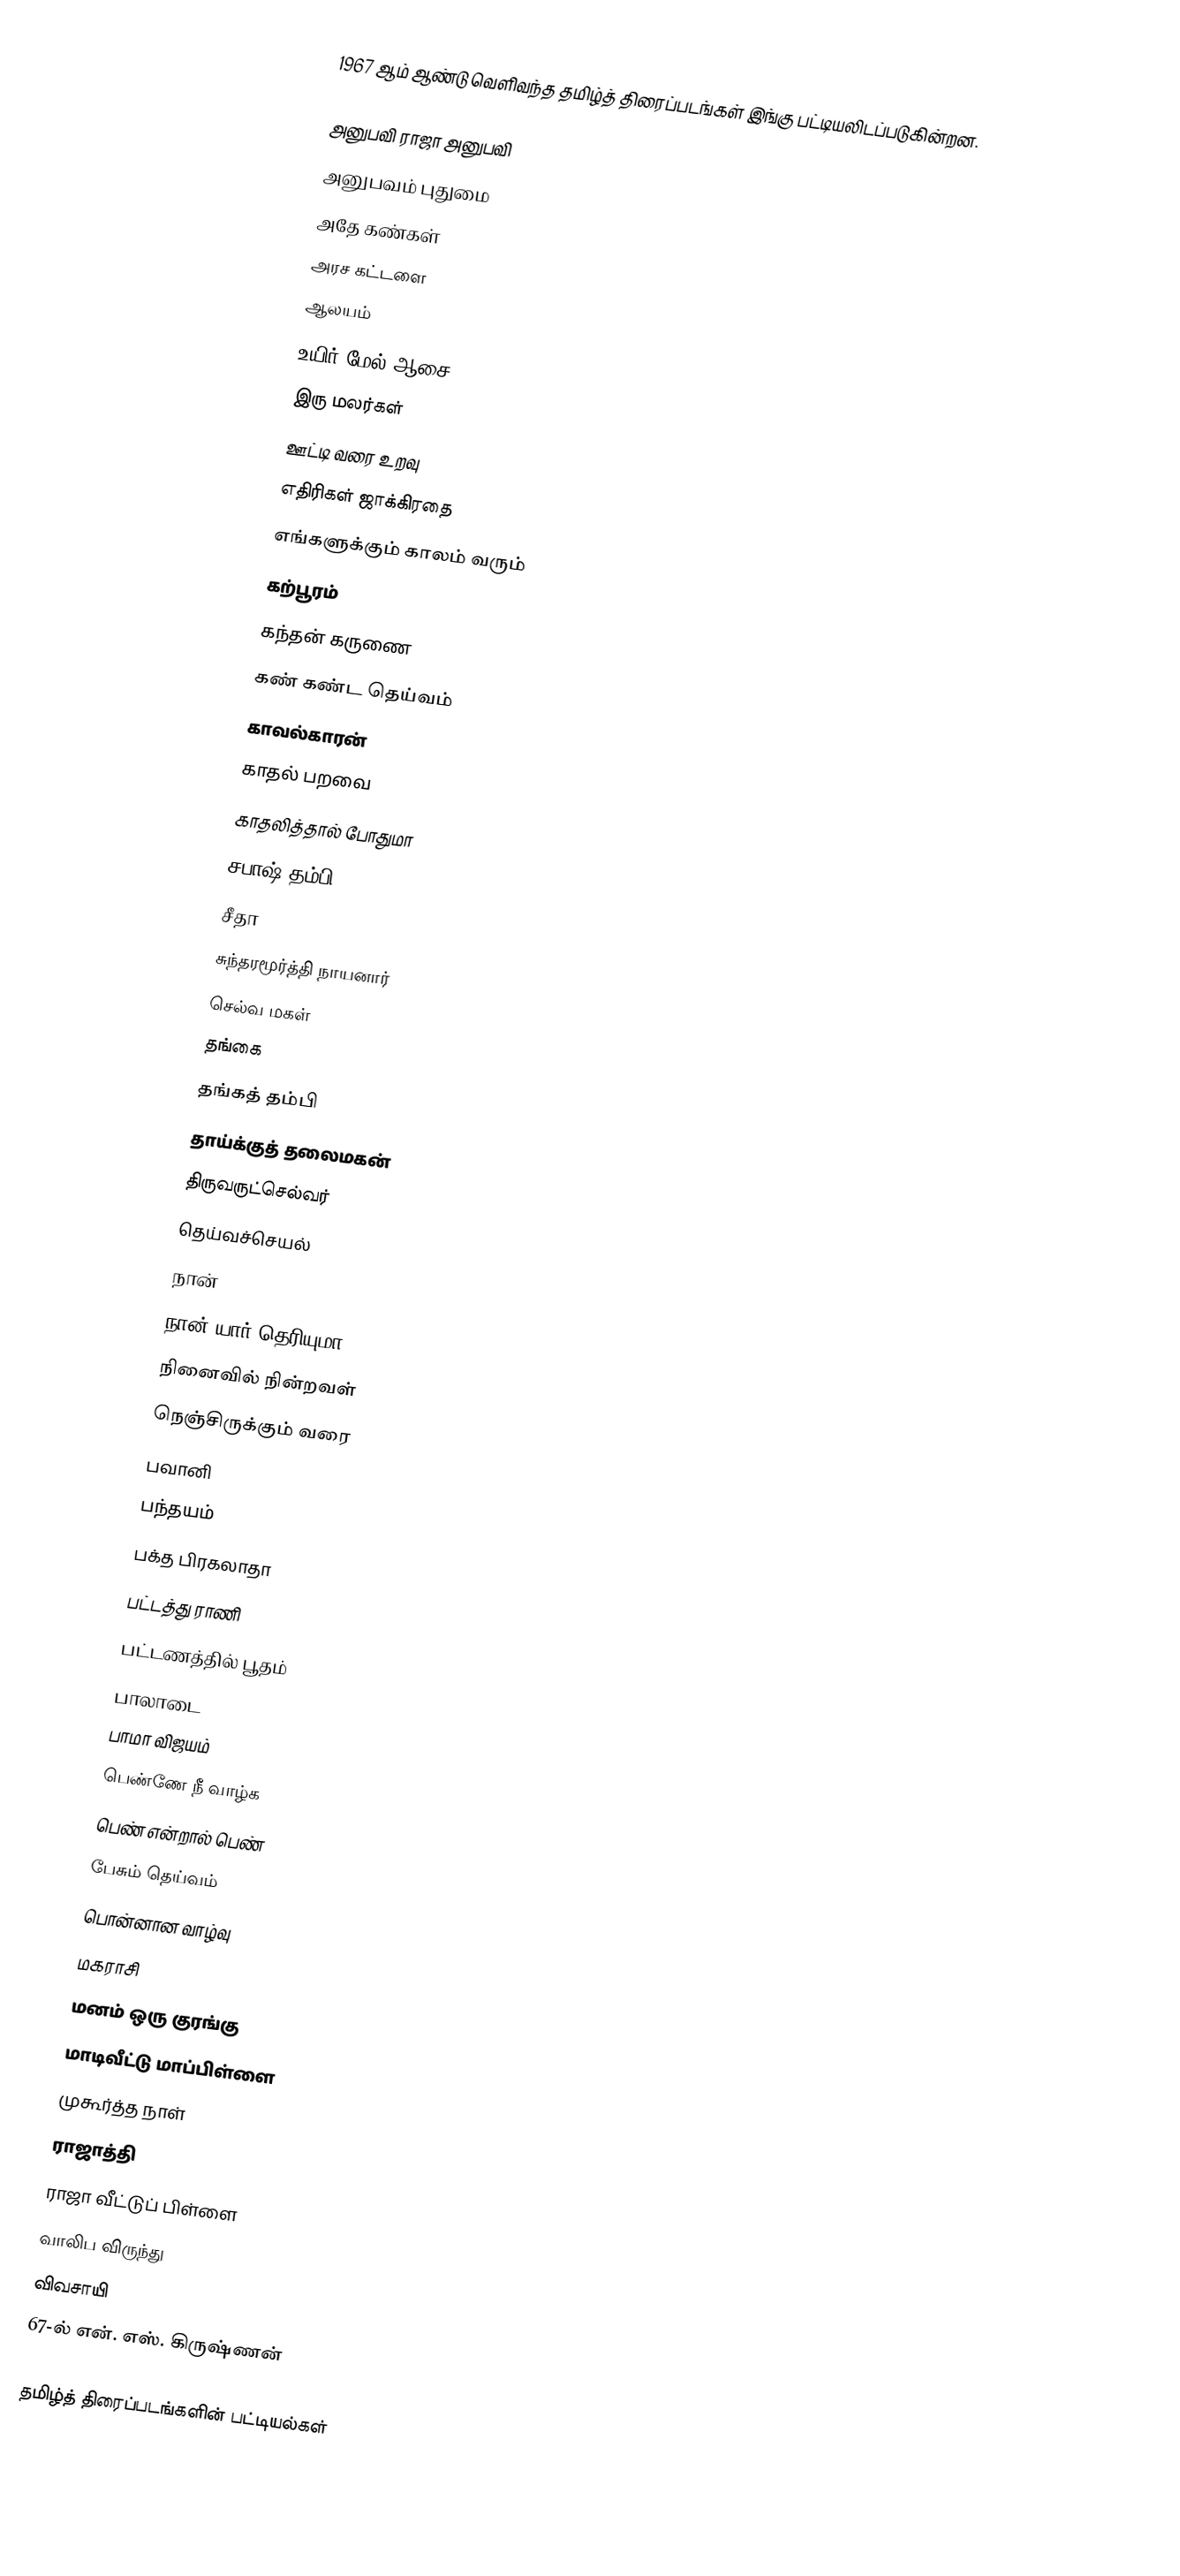
1967 ஆம் ஆண்டு வெளிவந்த தமிழ்த் திரைப்படங்கள் இங்கு பட்டியலிடப்படுகின்றன.

அனுபவி ராஜா அனுபவி
அனுபவம் புதுமை
அதே கண்கள்
அரச கட்டளை
ஆலயம்
உயிர் மேல் ஆசை
இரு மலர்கள்
ஊட்டி வரை உறவு
எதிரிகள் ஜாக்கிரதை
எங்களுக்கும் காலம் வரும்
கற்பூரம்
கந்தன் கருணை
கண் கண்ட தெய்வம்
காவல்காரன்
காதல் பறவை
காதலித்தால் போதுமா
சபாஷ் தம்பி
சீதா
சுந்தரமூர்த்தி நாயனார்
செல்வ மகள்
தங்கை
தங்கத் தம்பி
தாய்க்குத் தலைமகன்
திருவருட்செல்வர்
தெய்வச்செயல்
நான்
நான் யார் தெரியுமா
நினைவில் நின்றவள்
நெஞ்சிருக்கும் வரை
பவானி
பந்தயம்
பக்த பிரகலாதா
பட்டத்து ராணி
பட்டணத்தில் பூதம்
பாலாடை
பாமா விஜயம்
பெண்ணே நீ வாழ்க
பெண் என்றால் பெண்
பேசும் தெய்வம்
பொன்னான வாழ்வு
மகராசி
மனம் ஒரு குரங்கு
மாடிவீட்டு மாப்பிள்ளை
முகூர்த்த நாள்
ராஜாத்தி
ராஜா வீட்டுப் பிள்ளை
வாலிப விருந்து
விவசாயி
67-ல் என். எஸ். கிருஷ்ணன்

தமிழ்த் திரைப்படங்களின் பட்டியல்கள்